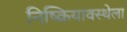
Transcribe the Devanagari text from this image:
निष्क्रियावस्थेला